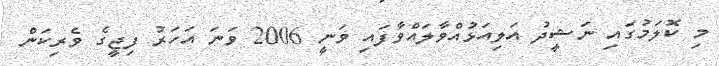
މި ކޮލަމުގައި ނަޝީދު އަލިއަޅުއްވާލައްވާފައި ވަނީ 2006 ވަނަ އަހަރު ފިޖީގެ ވެރިކަން